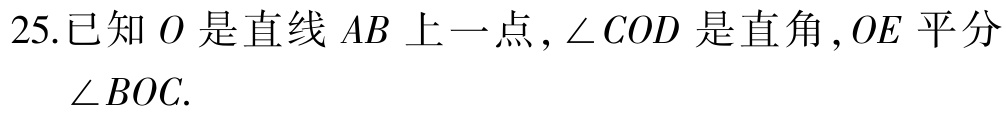
25.已知 \(O\) 是直线 \(AB\) 上一点, \(\angle COD\) 是直角, \(OE\) 平分 \(\angle BOC\).